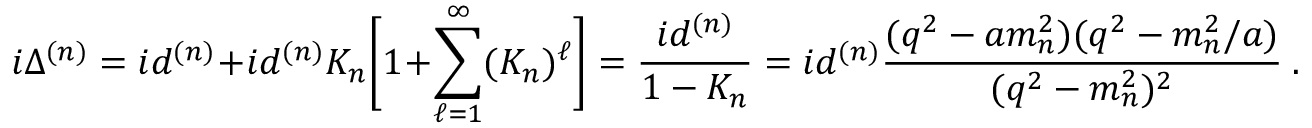
i \Delta ^ { ( n ) } = i d ^ { ( n ) } + i d ^ { ( n ) } K _ { n } \Bigg [ 1 + \sum _ { \ell = 1 } ^ { \infty } ( K _ { n } ) ^ { \ell } \Bigg ] = \frac { i d ^ { ( n ) } } { 1 - K _ { n } } = i d ^ { ( n ) } \frac { ( q ^ { 2 } - a m _ { n } ^ { 2 } ) ( q ^ { 2 } - m _ { n } ^ { 2 } / a ) } { ( q ^ { 2 } - m _ { n } ^ { 2 } ) ^ { 2 } } ~ .